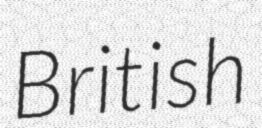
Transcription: British